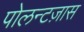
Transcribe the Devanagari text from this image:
पोलन्टज़ास